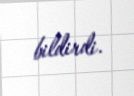
bildirdi.